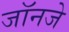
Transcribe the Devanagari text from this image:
जॉनजे